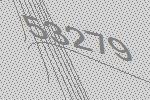
53279